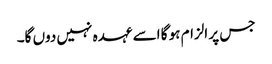
جس پر الزام ہو گا اسے عہدہ نہیں دوں گا۔